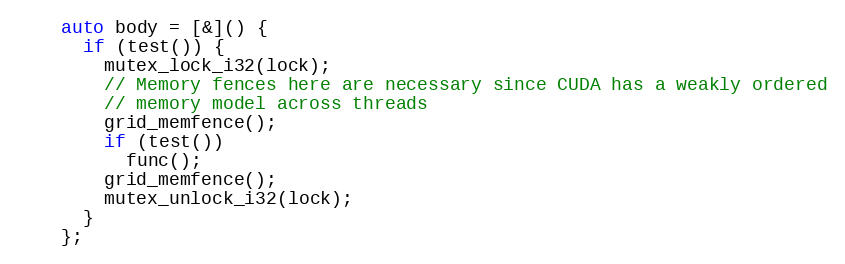
Language: C
    auto body = [&]() {
      if (test()) {
        mutex_lock_i32(lock);
        // Memory fences here are necessary since CUDA has a weakly ordered
        // memory model across threads
        grid_memfence();
        if (test())
          func();
        grid_memfence();
        mutex_unlock_i32(lock);
      }
    };